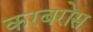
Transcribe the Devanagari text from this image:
करबरोस